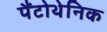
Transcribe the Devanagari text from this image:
पैंटोथेनिक